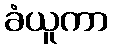
ခံယူကာ